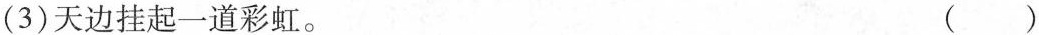
(3)天边挂起一道彩虹。（）